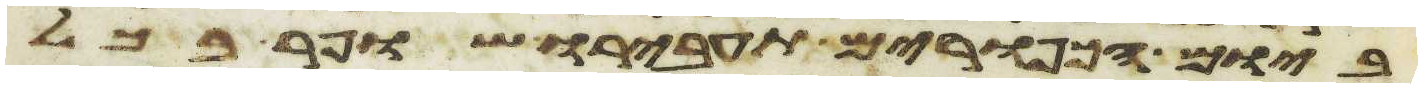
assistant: ביום הכפורים תעבירו שופר בכל